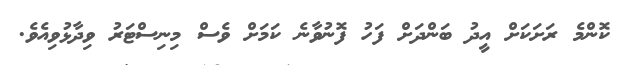
ކޮންމެ ރަށަކަށް އީދު ބަންދަށް ފަހު ފޮނުވާނެ ކަމަށް ވެސް މިނިސްޓަރު ވިދާޅުވިއެވެ.